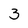
Character: 3